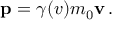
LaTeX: \mathbf { p } = \gamma ( v ) m _ { 0 } \mathbf { v } \, .